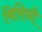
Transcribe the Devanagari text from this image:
बिसिनी